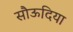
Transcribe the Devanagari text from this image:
सौऊदिया